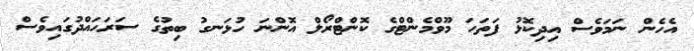
އެހެން ނަމަވެސް އިދިކޮޅު ފަތަހަ މޫވްމެންޓްގެ ކޮންޓްރޯލް އޮންނަ ހުޅަނގު ބިތުގެ ސަރަހައްދުގައިވެސް